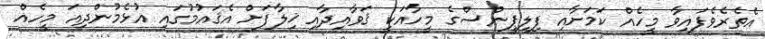
އެތެރެވެފައިވާ މީހެއް ކަމަށާއި ފިލިޕީންސްގެ މީހާއަކީ ޤަވާއިދާއި ޚިލާފަށް އެޤައުމުގައި އުޅެމުންދިއަ މީހެއް